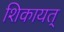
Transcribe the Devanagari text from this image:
शिकायत्